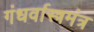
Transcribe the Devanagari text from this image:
गंधर्वास्त्रमंत्र